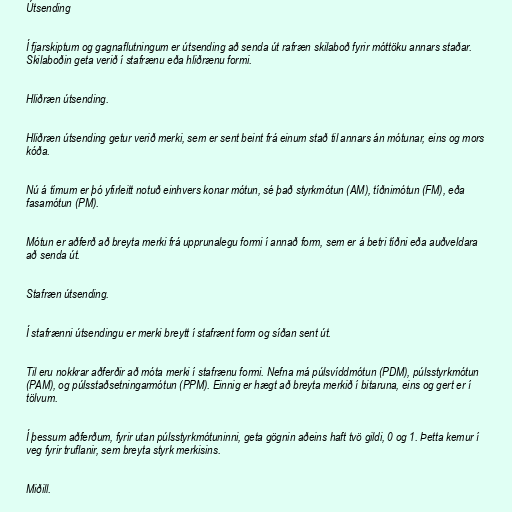
Útsending

Í fjarskiptum og gagnaflutningum er útsending að senda út rafræn skilaboð fyrir móttöku annars staðar.
Skilaboðin geta verið í stafrænu eða hliðrænu formi.

Hliðræn útsending.

Hliðræn útsending getur verið merki, sem er sent beint frá einum stað til annars án mótunar, eins og mors
kóða.

Nú á tímum er þó yfirleitt notuð einhvers konar mótun, sé það styrkmótun (AM), tíðnimótun (FM), eða
fasamótun (PM).

Mótun er aðferð að breyta merki frá upprunalegu formi í annað form, sem er á betri tíðni eða auðveldara
að senda út.

Stafræn útsending.

Í stafrænni útsendingu er merki breytt í stafrænt form og síðan sent út.

Til eru nokkrar aðferðir að móta merki í stafrænu formi. Nefna má púlsvíddmótun (PDM), púlsstyrkmótun
(PAM), og púlsstaðsetningarmótun (PPM). Einnig er hægt að breyta merkið í bitaruna, eins og gert er í
tölvum.

Í þessum aðferðum, fyrir utan púlsstyrkmótuninni, geta gögnin aðeins haft tvö gildi, 0 og 1. Þetta kemur í
veg fyrir truflanir, sem breyta styrk merkisins.

Miðill.